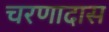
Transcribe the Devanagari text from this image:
चरणादास